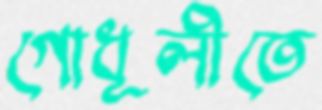
গোধূলীতে